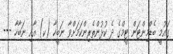
ގައުމީ ބެޑްމިންޓަން ޓީމްގެ ދެ ކުޅުންތެރިންކަމަށްވާ ނަބީހާ (ކ) އާއި ނަބާހާ ---